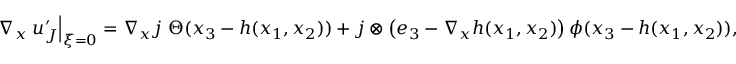
\nabla _ { \boldsymbol { x } } \left. \boldsymbol { u } _ { J } ^ { \prime } \right| _ { \boldsymbol { \xi } = 0 } = \nabla _ { \boldsymbol { x } } \boldsymbol { j } \ \Theta ( x _ { 3 } - h ( x _ { 1 } , x _ { 2 } ) ) + \boldsymbol { j } \otimes \left( \boldsymbol { e } _ { 3 } - \nabla _ { \boldsymbol { x } } h ( x _ { 1 } , x _ { 2 } ) \right) \phi ( x _ { 3 } - h ( x _ { 1 } , x _ { 2 } ) ) ,